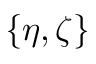
\{ \eta , \zeta \}